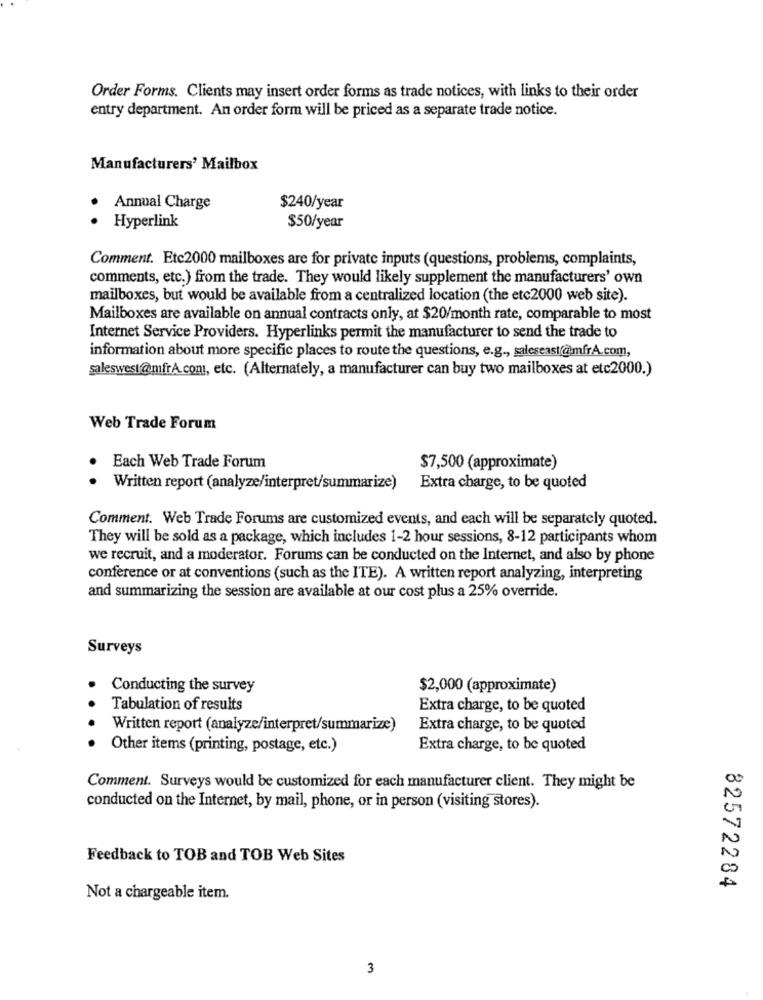
Order Forms. Clients may insert order forms as trade notices, with links to their order
entry department. An order form will be priced as a separate trade notice.
Manufacturers' Mailbox
Annual Charge
$240/year
Hyperlink
$50/year
Comment. Etc2000 mailboxes are for private inputs (questions, problems, complaints,
comments, etc.) from the trade. They would likely supplement the manufacturers' own
mailboxes, but would be available from a centralized location (the etc2000 web site).
Mailboxes are available on annual contracts only, at $20/month rate, comparable to most
Internet Service Providers. Hyperlinks permit the manufacturer to send the trade to
information about more specific places to route the questions, e.g ., saleseast@mfrA.com,
saleswest@mfrA.con, etc. (Alternately, a manufacturer can buy two mailboxes at etc2000.)
Web Trade Forum
Each Web Trade Forum
$7,500 (approximate)
Written report (analyze/interpret/summarize)
Extra charge, to be quoted
Comment. Web Trade Forums are customized events, and each will be separately quoted.
They will be sold as a package, which includes 1-2 hour sessions, 8-12 participants whom
we recruit, and a moderator. Forums can be conducted on the Internet, and also by phone
conference or at conventions (such as the ITE). A written report analyzing, interpreting
and summarizing the session are available at our cost plus a 25% override.
Surveys
Conducting the survey
$2,000 (approximate)
Tabulation of results
Extra charge, to be quoted
Written report (analyze/interpret/summarize)
Extra charge, to be quoted
Other items (printing, postage, etc.)
Extra charge, to be quoted
Comment. Surveys would be customized for each manufacturer client. They might be
conducted on the Internet, by mail, phone, or in person (visiting stores).
Feedback to TOB and TOB Web Sites
82572284
Not a chargeable item.
3